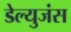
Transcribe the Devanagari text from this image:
डेल्युजंस